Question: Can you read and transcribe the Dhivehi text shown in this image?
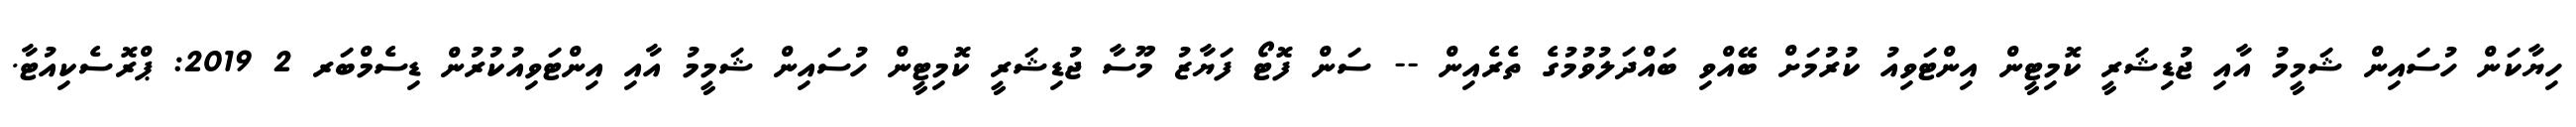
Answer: ހިޔާކަން ހުސައިން ޝަމީމު އާއި ޖުޑިޝަރީ ކޮމިޓީން އިންޓަވިއު ކުރުމަށް ބޭއްވި ބައްދަލުވުމުގެ ތެރެއިން -- ސަން ފޮޓޯ ފަޔާޒު މޫސާ ޖުޑިޝަރީ ކޮމިޓީން ހުސައިން ޝަމީމު އާއި އިންޓަވިއުކުރުން ޑިސެމްބަރ 2 2019: ޕްރޮސެކިއުޓާ.